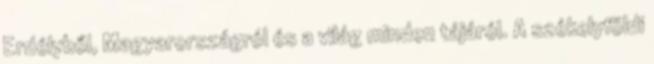
Erdélyből, Magyarországról és a világ minden tájáról. A székelyföldi